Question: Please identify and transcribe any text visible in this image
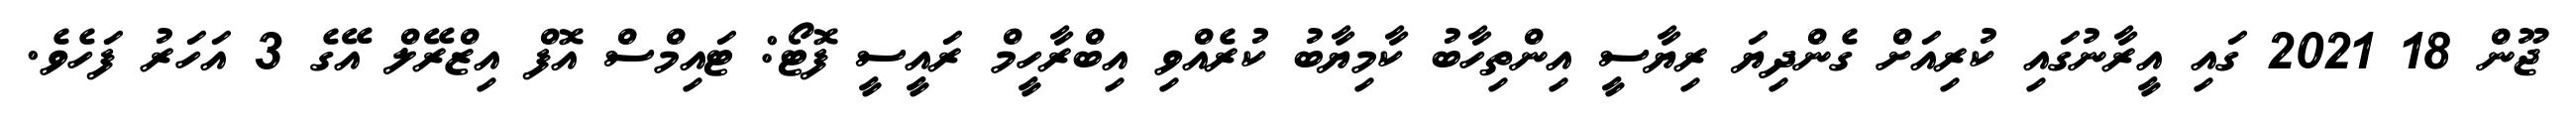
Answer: ޖޫން 18 2021 ގައި އީރާނުގައި ކުރިއަށް ގެންދިޔަ ރިޔާސީ އިންތިހާބު ކާމިޔާބު ކުރެއްވި އިބްރާހީމް ރައީސީ ފޮޓޯ: ޓައިމްސް އޮފް އިޒްރޭލް އޭގެ 3 އަހަރު ފަހެވެ.